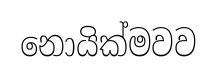
නොයික්මවව